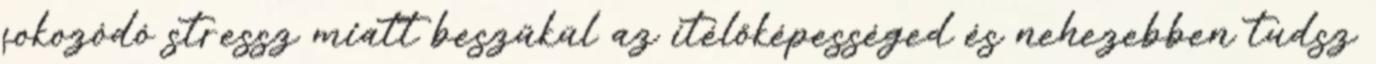
fokozódó stressz miatt beszűkül az ítélőképességed és nehezebben tudsz